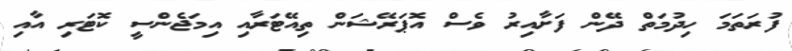
ފުރަތަމަ ހިދުމަތް ދޭން ފަށާއިރު ވެސް އޮޕަރޭޝަން ތިއޭޓަރާއި އިމަޖެންސީ ކޮޓަރި އާއި